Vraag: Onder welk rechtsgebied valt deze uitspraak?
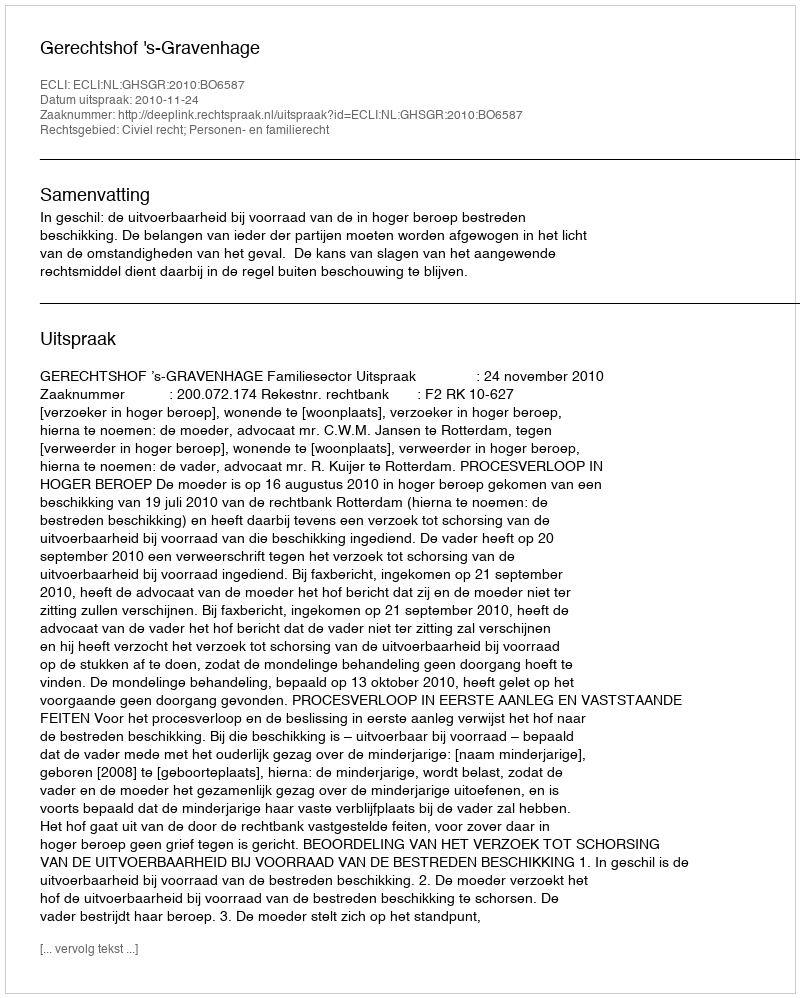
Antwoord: Civiel recht; Personen- en familierecht